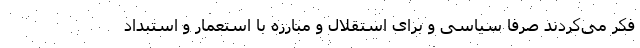
فکر می‌کردند صرفا سیاسی و برای استقلال و مبارزه با استعمار و استبداد